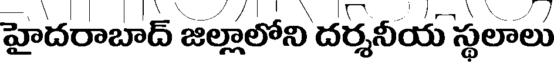
హైదరాబాద్ జల్లాలోని దర్శనీయ స్థలాలు